Insane asylums in Bengal annual reports 1876-1887 - 1876-1887
Year: 1876
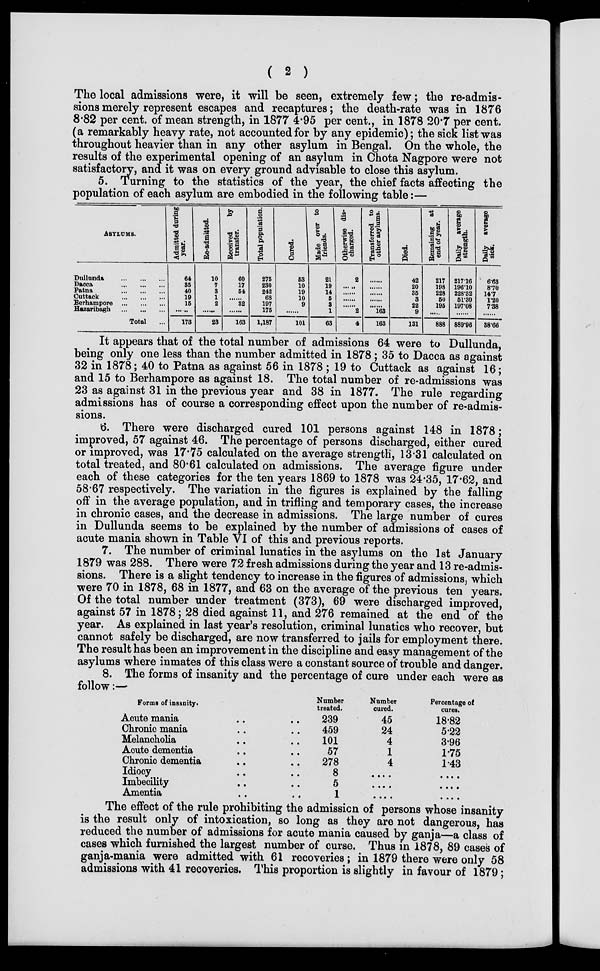
( 2 )
The local admissions were, it will be seen, extremely few; the re-admis-
sions merely represent escapes and recaptures; the death-rate was in 1876
8.82 per cent. of mean strength, in 1877 4.95 per cent., in 1878 20.7 per cent.
(a remarkably heavy rate, not accounted for by any epidemic); the sick list was
throughout heavier than in any other asylum in Bengal. On the whole, the
results of the experimental opening of an asylum in Chota Nagpore were not
satisfactory, and it was on every ground advisable to close this asylum.
5. Turning to the statistics of the year, the chief facts affecting the
population of each asylum are embodied in the following table:—
ASYLUMS.
Dullunda
...
...
...
Dacca
Patna ... ... ...
Cuttack ... ... ...
Berhampore ... ... ...
Hazaribagh ... ... ...
Total ...
Admitted during
year.
64
35
40
19
15
.....
173
Re-admitted.
10
7
3
1
2
.......
23
Received
by
transfer.
60
17
54
......
32
......
163
Total population.
275
230
242
68
107
175
1,187
Cured.
53
10
19
10
9
...
101
Made over to
friends.
21
19
14
5
3
1
63
Otherwise dis-
charged.
2
.....
......
......
.........
2
4
Transferred to
other asylums.
......
......
......
......
......
163
163
Died.
42
20
35
3
22
9
131
Remaining at
end of year.
217
198
228
50
195
......
888
Daily average
strength.
217.16
196.10
228.32
51.30
197.08
......
889.96
Daily average
sick.
6.63
8.70
14.7
1.20
7.38
......
38.66
It appears that of the total number of admissions 64 were to Dullunda,
being only one less than the number admitted in 1878 ; 35 to Dacca as against
32 in 1878; 40 to Patna as against 56 in 1878 ; 19 to Cuttack as against 16;
and 15 to Berhampore as against 18. The total number of re-admissions was
23 as against 31 in the previous year and 38 in 1877. The rule regarding
admissions has of course a corresponding effect upon the number of re-admis-
sions.
6. There were discharged cured 101 persons against 148 in 1878;
improved, 57 against 46. The percentage of persons discharged, either cured
or improved, was 17.75 calculated on the average strength, 13.31 calculated on
total treated, and 80.61 calculated on admissions. The average figure under
each of these categories for the ten years 1869 to 1878 was 24.35, 17.62, and
58.67 respectively. The variation in the figures is explained by the falling
off in the average population, and in trifling and temporary cases, the increase
in chronic cases, and the decrease in admissions. The large number of cures
in Dullunda seems to be explained by the number of admissions of cases of
acute mania shown in Table VI of this and previous reports.
7. The number of criminal lunatics in the asylums on the 1st January
1879 was 288. There were 72 fresh admissions during the year and 13 re-admis-
sions. There is a slight tendency to increase in the figures of admissions, which
were 70 in 1878, 68 in 1877, and 63 on the average of the previous ten years.
Of the total number under treatment (373), 69 were discharged improved,
against 57 in 1878; 28 died against 11, and 276 remained at the end of the
year. As explained in last year's resolution, criminal lunatics who recover, but
cannot safely be discharged, are now transferred to jails for employment there.
The result has been an improvement in the discipline and easy management of the
asylums where inmates of this class were a constant source of trouble and danger.
8. The forms of insanity and the percentage of cure under each were as
follow:—
Forms of insanity.
Acute mania .. ..
Chronic mania .. ..
Melancholia .. ..
Acute dementia .. ..
Chronic dementia .. ..
Idiocy .. ..
Lmbecility .. ..
Amentia .. ..
Number
treated.
239
459
101
57
278
8
5
1
Number
cured.
45
24
4
1
4
....
....
....
Percentage of
cures.
18.82
5.22
3.96
1.75
1.43
....
....
....
The effect of the rule prohibiting the admission of persons whose insanity
is the result only of intoxication, so long as they are not dangerous, has
reduced the number of admissions for acute mania caused by ganja—a class of
cases which furnished the largest number of curse. Thus in 1878, 89 cases of
ganja-mania were admitted with 61 recoveries; in 1879 there were only 58
admissions with 41 recoveries. This proportion is slightly in favour of 1879;